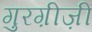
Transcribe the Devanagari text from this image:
गुरग़ीज़ी